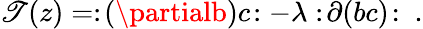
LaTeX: \mathscr{T}(z)=:\! (\partialb)c\! :-\lambda:\! \partial(bc)\! :\ .